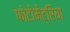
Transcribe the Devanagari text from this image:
फोटोमेट्रिया